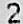
2